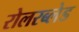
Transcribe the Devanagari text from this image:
रोलरब्लेड